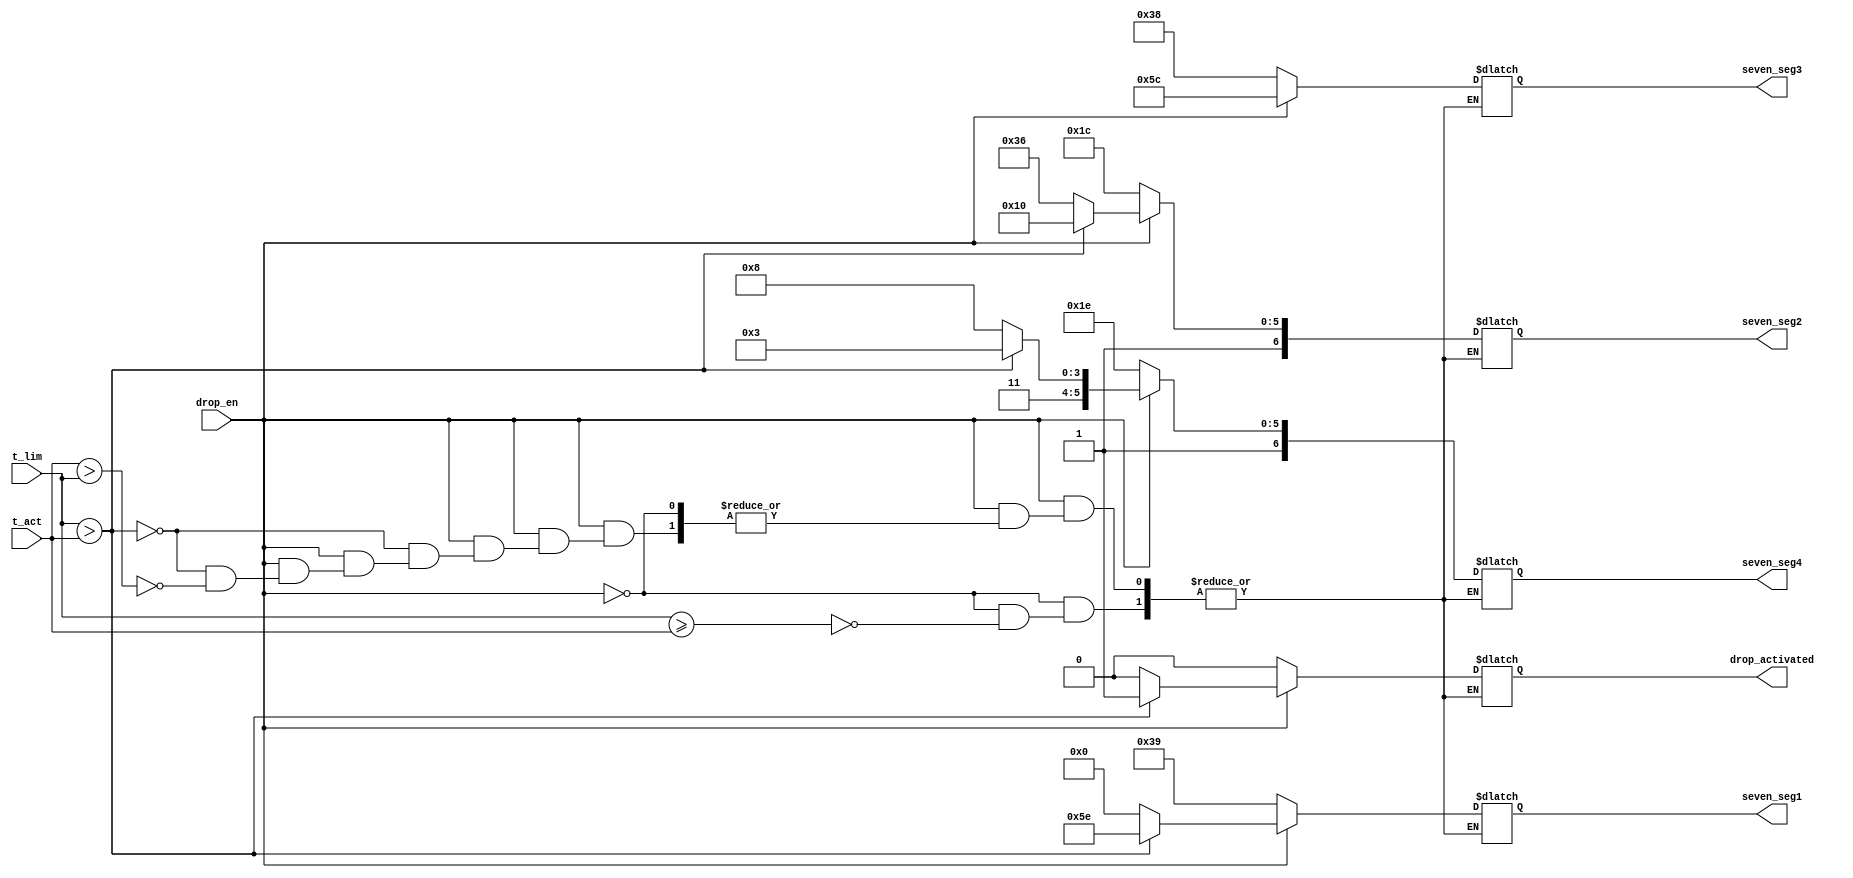
`timescale 1ns / 1ps
//////////////////////////////////////////////////////////////////////////////////
// Company: 
// Engineer: 
// 
// Design Name: 
// Module Name:    display_and_drop 
// Project Name: 
// Target Devices: 
// Tool versions: 
// Description: 
//
// Dependencies: 
//
// Revision: 
// Revision 0.01 - File Created
// Additional Comments: 
//
//////////////////////////////////////////////////////////////////////////////////
module display_and_drop(

    output   [6 : 0]   seven_seg1, 
    output   [6 : 0]   seven_seg2,
    output   [6 : 0]   seven_seg3,
    output   [6 : 0]   seven_seg4,
    output   [0 : 0]   drop_activated,
    input    [15: 0]   t_act,
    input    [15: 0]   t_lim,
    input              drop_en);

	reg [6:0] seven_seg1_reg;
	reg [6:0] seven_seg2_reg;
	reg [6:0] seven_seg3_reg;
	reg [6:0] seven_seg4_reg;
	
	reg [0:0] drop_activated1;

	
	always@(*) begin
		//conditia de lansare nu este indeplinita
		if(drop_en == 0) begin 
		
			//t_act este sub t_lim
			if(t_lim >= t_act) begin
			
				//semnalul de alarma nu este activ
				drop_activated1 = 0;
				
				//pe display se afiseaza COLD
				seven_seg1_reg = 7'b0111001; //C
				seven_seg2_reg = 7'b1011100; //O
				seven_seg3_reg = 7'b0111000; //L
				seven_seg4_reg = 7'b1011110; //D
			end 
		end
		
		//conditia de lansare este indeplinita
		else if(drop_en == 1) begin
		
			//t_act este sub t_lim
			if(t_lim > t_act) begin
			
				//semnalul de alarma este activ
				drop_activated1 = 1;
				
				//pe display se afiseaza DROP
				seven_seg1_reg = 7'b1011110; //D
				seven_seg2_reg = 7'b1010000; //R
				seven_seg3_reg = 7'b1011100; //O
				seven_seg4_reg = 7'b1110011; //P
			end
			
			//t_act este peste t_lim
			else if(t_act > t_lim) begin
			
						//semnalul de alarma nu este activ
						drop_activated1 = 0;
						
						//pe display se afiseaza HOT
						seven_seg1_reg = 7'b0000000; // este stins
						seven_seg2_reg = 7'b1110110; //H
						seven_seg3_reg = 7'b1011100; //O
						seven_seg4_reg = 7'b1111000; //T
						
			end
		 end
    end

// atribuire output-uri
assign seven_seg1 = seven_seg1_reg;
assign seven_seg2 = seven_seg2_reg;
assign seven_seg3 = seven_seg3_reg;
assign seven_seg4 = seven_seg4_reg;

assign drop_activated = drop_activated1;

endmodule